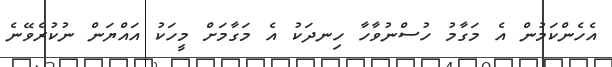
އެހެންކަމުން އެ މަގާމު ހުސްނުވާހާ ހިނދަކު އެ މަގާމަށް މީހަކު އައްޔަން ނުކުރެވޭނެ